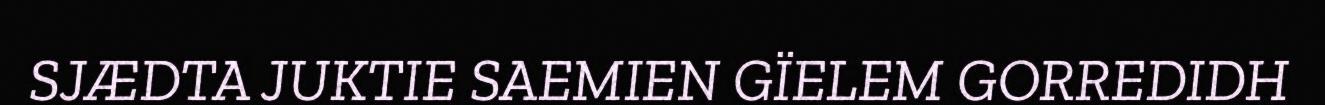
SJÆDTA JUKTIE SAEMIEN GÏELEM GORREDIDH